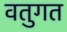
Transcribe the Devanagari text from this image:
वतुगत